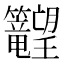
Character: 𬖉